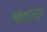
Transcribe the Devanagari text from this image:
संदेशांतून